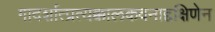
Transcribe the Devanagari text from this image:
गादर्शात्प्रत्यक्कालकवनाद्दक्षिणेन